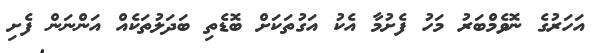
އަހަރުގެ ނޮވެމްބަރު މަހު ފެށުމާ އެކު އަގުތަކަށް ބޮޑެތި ބަދަލުތަކެއް އަންނަން ފެށި